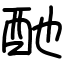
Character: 酏